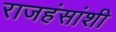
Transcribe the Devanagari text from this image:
राजहंसांशी